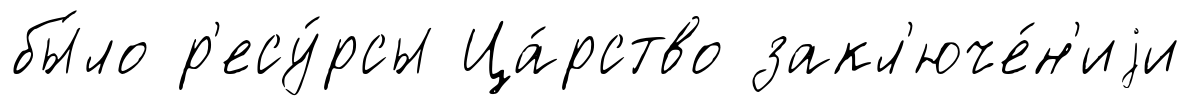
бы́ло р'есу́рсы Ца́рство закл'юче́н'иjи